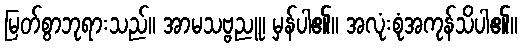
မြတ်စွာဘုရားသည်။ အာမသဗ္ဗညူ၊ မှန်ပါ၏။ အလုံးစုံအကုန်သိပါ၏။